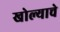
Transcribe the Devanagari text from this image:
खोल्याचे